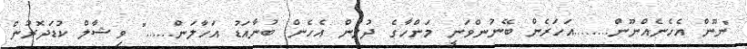
"ނޫން އެހެނެއްނޫން........އަހަރެން ބޭނުންވަނީ މަންހާގެ ދުލުން އެހެން ބުނާއަޑު އަހާލަން......" ވިޝާލް ކުޑަދޮރުން